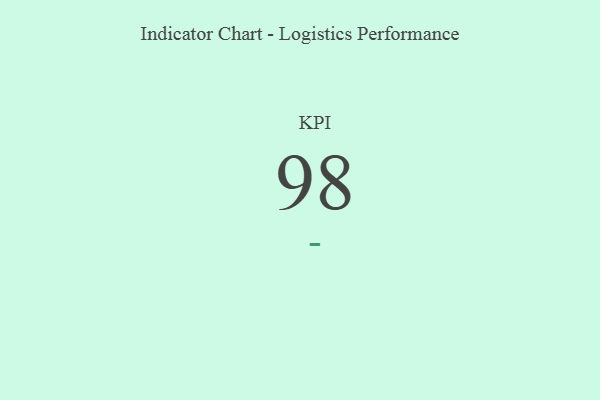
{"axis": {"x": "KPI", "y": "Value"}, "legend": [""], "data": [{"x": "KPI", "y": 98, "type": ""}]}